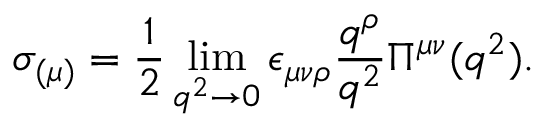
\sigma _ { ( \mu ) } = \frac { 1 } { 2 } \operatorname * { l i m } _ { q ^ { 2 } \to 0 } \epsilon _ { \mu \nu \rho } \frac { q ^ { \rho } } { q ^ { 2 } } \Pi ^ { \mu \nu } ( q ^ { 2 } ) .